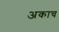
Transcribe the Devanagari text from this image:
अकाच